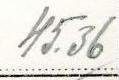
45.36